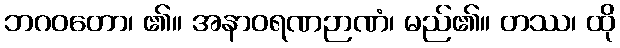
ဘဂဝတော၊ ၏။ အနာဝရဏဉာဏံ၊ မည်၏။ တဿ၊ ထို